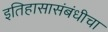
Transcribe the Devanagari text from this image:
इतिहासासंबंधीचा